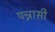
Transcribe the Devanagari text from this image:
पन्नासी